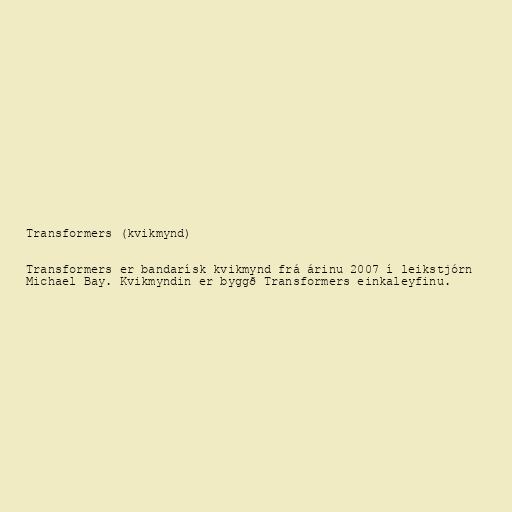
Transformers (kvikmynd)

Transformers er bandarísk kvikmynd frá árinu 2007 í leikstjórn
Michael Bay. Kvikmyndin er byggð Transformers einkaleyfinu.